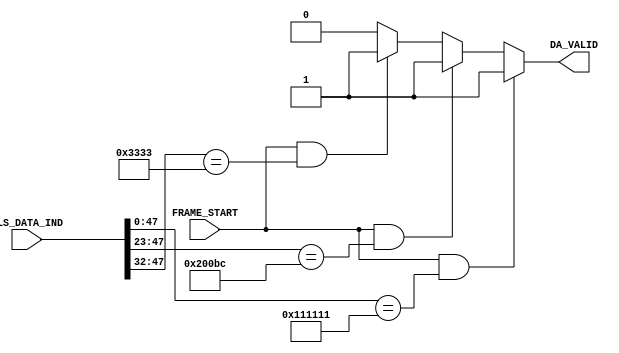
`timescale 1ns / 1ps
//////////////////////////////////////////////////////////////////////////////////
// Company: 
// data from rs must be delayed a single clk cycle before reaching DAchecker
// basically when frame_start comes, data available should be the 2nd block

module DAcheck(
    input FRAME_START,
    input [63:0] PLS_DATA_IND,
    output reg DA_VALID
    );
    always @ (*)  begin
            if(FRAME_START == 1 && PLS_DATA_IND[47:0] == 48'h00_00_00_11_11_11 )                  DA_VALID <= 1'b1;  
            else if(FRAME_START == 1 && PLS_DATA_IND[47:23] == 25'b00000001_00000000_01011110_0 ) DA_VALID <= 1'b1;
            else if(FRAME_START == 1 && PLS_DATA_IND[47:32] == 16'h33_33)                         DA_VALID <= 1'b1;
            else                                                                                  DA_VALID <= 1'b0;
        end
    
    
endmodule